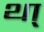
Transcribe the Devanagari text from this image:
था्